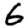
Digit: 6